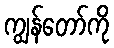
ကျွန်တော်ကို